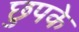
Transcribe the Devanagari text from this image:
छुपके